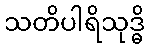
သတိပါရိသုဒ္ဓိ